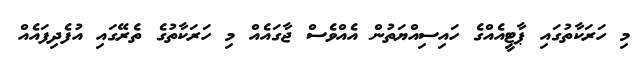
މި ހަރަކާތުގައި ޕާޓީއެއްގެ ހައިސިއްޔަތުން އެއްވެސް ޖާގައެއް މި ހަރަކާތުގެ ތެރޭގައި އުފެދިފައެއް